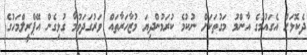
ދެކޮޅަށް އެގައުމުގެ އާންމު މަގުތަކަށް ނުކުމެ ކުރަމުންދިޔަ މުޒާހަރާތައް ވަރުގަދަވުމާ ގުޅިގެން އޭޕްރީލްމަހުގެ